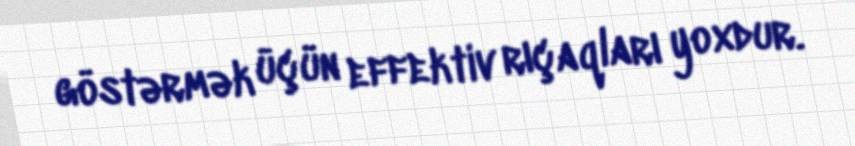
göstərmək üçün effektiv rıçaqları yoxdur.